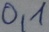
Text: 0,1